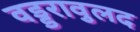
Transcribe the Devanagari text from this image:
वड्डरावुलद